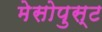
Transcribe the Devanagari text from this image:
मेसोपुस्ट